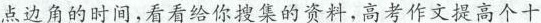
点边角的时间，看看给你搜集的资料，好考作文提高个十